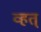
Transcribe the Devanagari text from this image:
व्हत्